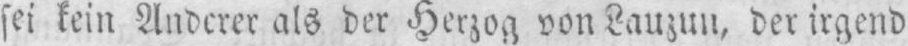
sei kein Anderer als der Herzog von Lauzun, der irgend